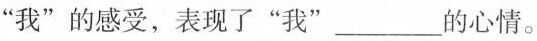
”我”的感受，表现了”我”___的心情。